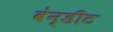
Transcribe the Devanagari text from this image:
बेन्डीट